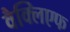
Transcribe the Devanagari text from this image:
वैक्लिएफ